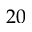
2 0